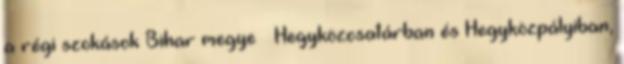
a régi szokások Bihar megye – Hegyközcsatárban és Hegyközpályiban,